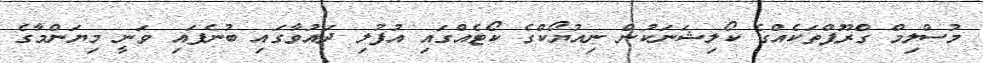
މުސްލިމް ގްރޫޕްތަކެއްގެ ކޯލިޝަނަކުން ނިއުޔޯކްގެ ކޯޓެއްގައި އުފުލި ދައުވާގައި ބުނެފައި ވަނީ މިޔަންމާގެ